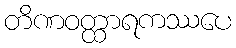
တိဏဝတ္ထာရကဿပေ